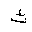
Letter: _tha